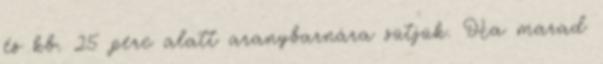
és kb. 25 perc alatt aranybarnára sütjük. Ha marad